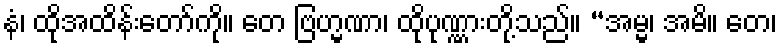
နံ၊ ထိုအထိန်းတော်ကို။ တေ ဗြဟ္မဏာ၊ ထိုပုဏ္ဏားတို့သည်။ “အမ္မ၊ အမိ။ တေ၊